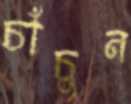
চাঁচুন